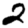
Digit: 2